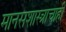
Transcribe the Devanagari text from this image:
मानसशास्त्राचाही